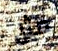
مثل